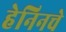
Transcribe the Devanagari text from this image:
हेनिनचे